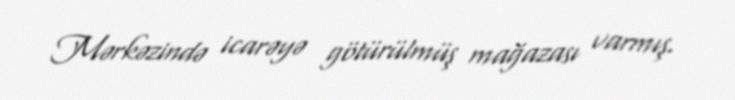
Mərkəzində icarəyə götürülmüş mağazası varmış.